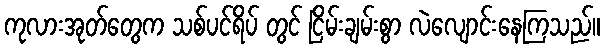
ကုလားအုတ်တွေက သစ်ပင်ရိပ် တွင် ငြိမ်းချမ်းစွာ လဲလျောင်းနေကြသည်။